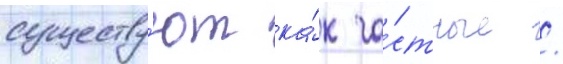
существу́ют ка́к ча́стные /